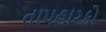
તાપહારકો